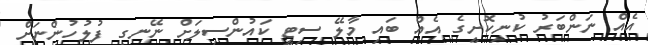
އެއް ނަންބަރު ކުނިކޮށީގެ އެއް ބައި މާލޭ ސިޓީ ކައުންސިލަށް ނޭނގި ފުލުހުންނަށް